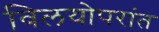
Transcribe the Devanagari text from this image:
विलयोपरांत